Language: tamil
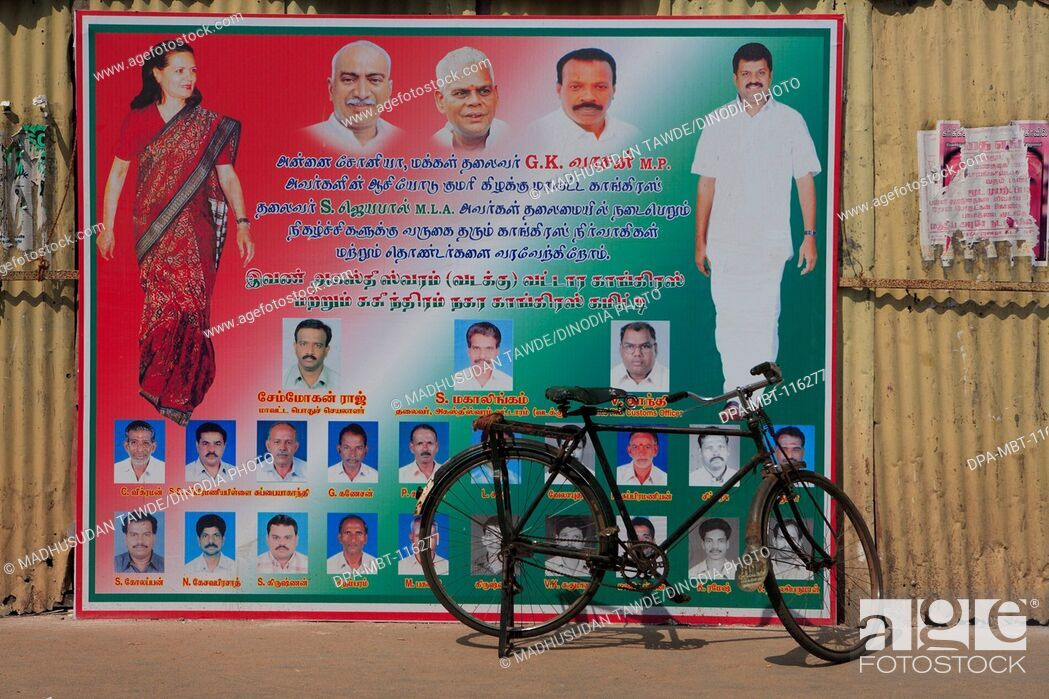
Transcription: அவர்களின் ஆசியோடு காங்கிரஸ் தலைமையில் காங்கிரஸ் நிர்வாகிகள் வரவேற்கிறோம் சேம்யோகன் அன்னை சோனியா மக்கள் தலைவர் மற்றும் சுசீந்திரம் காங்கிரஸ் கிழக்கு தலைவர் ஜெயபால் அவர்கள் நடைபெறும் நிகழ்ச்சிகளுக்கு வருகை மற்றும் தொண்டர்களை இவண் காங்கிரஸ் ராஜ் மகாலிங்கம் நகர வடக்கு தரும் வட்டார குமரி